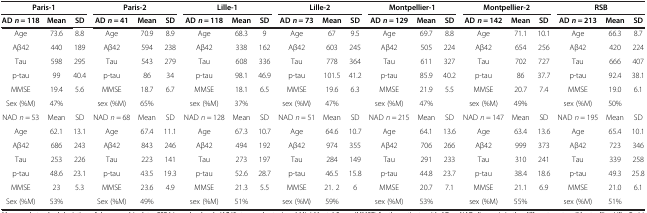
<table><thead><tr><td colspan="3"><b>Paris-1</b></td><td colspan="3"><b>Paris-2</b></td><td colspan="3"><b>Lille-1</b></td><td colspan="3"><b>Lille-2</b></td><td colspan="3"><b>Montpellier-1</b></td><td colspan="3"><b>Montpellier-2</b></td><td colspan="3"><b>RSB</b></td></tr><tr><td><b>AD <i>n</i> = 118</b></td><td><b>Mean</b></td><td><b>SD</b></td><td><b>AD <i>n</i> = 41</b></td><td><b>Mean</b></td><td><b>SD</b></td><td><b>AD <i>n</i> = 118</b></td><td><b>Mean</b></td><td><b>SD</b></td><td><b>AD <i>n</i> = 73</b></td><td><b>Mean</b></td><td><b>SD</b></td><td><b>AD <i>n</i> = 129</b></td><td><b>Mean</b></td><td><b>SD</b></td><td><b>AD <i>n</i> = 142</b></td><td><b>Mean</b></td><td><b>SD</b></td><td><b>AD <i>n</i> = 213</b></td><td><b>Mean</b></td><td><b>SD</b></td></tr></thead><tbody><tr><td>Age</td><td>73.6</td><td>8.8</td><td>Age</td><td>70.9</td><td>8.9</td><td>Age</td><td>68.3</td><td>9</td><td>Age</td><td>67</td><td>9.5</td><td>Age</td><td>69.7</td><td>8.8</td><td>Age</td><td>71.1</td><td>10.1</td><td>Age</td><td>66.3</td><td>8.7</td></tr><tr><td>Aβ42</td><td>440</td><td>189</td><td>Aβ42</td><td>594</td><td>238</td><td>Aβ42</td><td>338</td><td>162</td><td>Aβ42</td><td>603</td><td>245</td><td>Aβ42</td><td>505</td><td>224</td><td>Aβ42</td><td>654</td><td>256</td><td>Aβ42</td><td>420</td><td>224</td></tr><tr><td>Tau</td><td>598</td><td>295</td><td>Tau</td><td>543</td><td>279</td><td>Tau</td><td>608</td><td>336</td><td>Tau</td><td>778</td><td>364</td><td>Tau</td><td>611</td><td>327</td><td>Tau</td><td>702</td><td>727</td><td>Tau</td><td>666</td><td>407</td></tr><tr><td>p-tau</td><td>99</td><td>40.4</td><td>p-tau</td><td>86</td><td>34</td><td>p-tau</td><td>98.1</td><td>46.9</td><td>p-tau</td><td>101.5</td><td>41.2</td><td>p-tau</td><td>85.9</td><td>40.2</td><td>p-tau</td><td>86</td><td>37.7</td><td>p-tau</td><td>92.4</td><td>38.1</td></tr><tr><td>MMSE</td><td>19.4</td><td>5.6</td><td>MMSE</td><td>18.7</td><td>6.7</td><td>MMSE</td><td>18.1</td><td>6.5</td><td>MMSE</td><td>19.6</td><td>6.3</td><td>MMSE</td><td>21.9</td><td>5.5</td><td>MMSE</td><td>20.7</td><td>7.4</td><td>MMSE</td><td>19.0</td><td>6.1</td></tr><tr><td>Sex (%M)</td><td>47%</td><td> </td><td>sex (%M)</td><td>65%</td><td> </td><td>sex (%M)</td><td>37%</td><td> </td><td>sex (%M)</td><td>47%</td><td> </td><td>sex (%M)</td><td>47%</td><td> </td><td>sex (%M)</td><td>49%</td><td> </td><td>sex (%M)</td><td>50%</td><td> </td></tr><tr><td>NAD <i>n</i> = 53</td><td>Mean</td><td>SD</td><td>NAD <i>n</i> = 68</td><td>Mean</td><td>SD</td><td>NAD <i>n</i> = 128</td><td>Mean</td><td>SD</td><td>NAD <i>n</i> = 51</td><td>Mean</td><td>SD</td><td>NAD <i>n</i> = 215</td><td>Mean</td><td>SD</td><td>NAD <i>n</i> = 147</td><td>Mean</td><td>SD</td><td>NAD <i>n</i> = 195</td><td>Mean</td><td>SD</td></tr><tr><td>Age</td><td>62.1</td><td>13.1</td><td>Age</td><td>67.4</td><td>11.1</td><td>Age</td><td>67.3</td><td>10.7</td><td>Age</td><td>64.6</td><td>10.7</td><td>Age</td><td>64.1</td><td>13.6</td><td>Age</td><td>63.4</td><td>13.6</td><td>Age</td><td>65.4</td><td>10.1</td></tr><tr><td>Aβ42</td><td>686</td><td>243</td><td>Aβ42</td><td>843</td><td>246</td><td>Aβ42</td><td>494</td><td>192</td><td>Aβ42</td><td>974</td><td>355</td><td>Aβ42</td><td>706</td><td>266</td><td>Aβ42</td><td>999</td><td>373</td><td>Aβ42</td><td>723</td><td>346</td></tr><tr><td>Tau</td><td>253</td><td>226</td><td>Tau</td><td>223</td><td>141</td><td>Tau</td><td>273</td><td>197</td><td>Tau</td><td>284</td><td>149</td><td>Tau</td><td>291</td><td>233</td><td>Tau</td><td>310</td><td>241</td><td>Tau</td><td>339</td><td>258</td></tr><tr><td>p-tau</td><td>48.6</td><td>23.1</td><td>p-tau</td><td>43.5</td><td>19.3</td><td>p-tau</td><td>52.6</td><td>28.7</td><td>p-tau</td><td>46.5</td><td>15.8</td><td>p-tau</td><td>44.8</td><td>23.7</td><td>p-tau</td><td>38.4</td><td>18.6</td><td>p-tau</td><td>49.3</td><td>25.8</td></tr><tr><td>MMSE</td><td>23</td><td>5.3</td><td>MMSE</td><td>23.6</td><td>4.9</td><td>MMSE</td><td>21.3</td><td>5.5</td><td>MMSE</td><td>21. 2</td><td>6</td><td>MMSE</td><td>20.7</td><td>7.1</td><td>MMSE</td><td>21.1</td><td>6.9</td><td>MMSE</td><td>21.0</td><td>6.1</td></tr><tr><td>Sex (%M)</td><td>53%</td><td> </td><td>Sex (%M)</td><td>49%</td><td> </td><td>sex (%M)</td><td>51%</td><td> </td><td>sex (%M)</td><td>59%</td><td> </td><td>sex (%M)</td><td>53%</td><td> </td><td>sex (%M)</td><td>55%</td><td> </td><td>sex (%M)</td><td>51%</td><td> </td></tr></tbody></table>